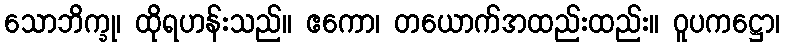
သောဘိက္ခု၊ ထိုရဟန်းသည်။ ဧကော၊ တယောက်အထည်းထည်း။ ဝူပကဋ္ဌော၊